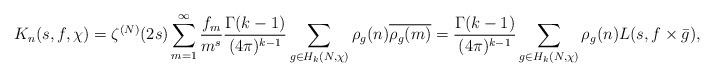
LaTeX: \begin{align*}K_n(s,f,\chi) = \zeta^{(N)}(2s)\sum_{m=1}^\infty\frac{f_m}{m^s} \frac{ \Gamma(k-1)}{(4\pi)^{k-1}}\sum_{g\in H_k(N,\chi)}\rho_g(n)\overline{\rho_g(m)} = \frac{ \Gamma(k-1)}{( 4 \pi)^{k-1}} \sum_{g\in H_k(N,\chi)}\rho_g(n)L(s,f\times\bar{g}), \end{align*}